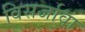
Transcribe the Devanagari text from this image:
विसर्जावा